Report on sanitation, dispensaries, and jails in Rajputana for 1910, and on vaccination for the year 1910-1911 - 1910-1911
Year: 1910
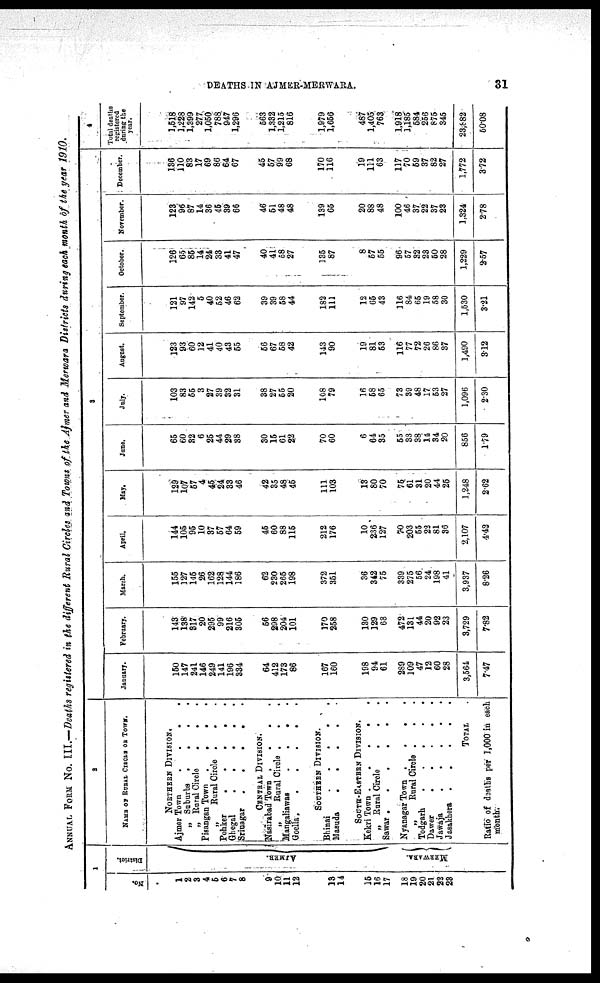
DEATHS IN AJMER-MERWARA.
31
ANNUAL FORM No. III.—Deaths registered in the different Rural Circles and Towns of the Ajmer and Merwara Districts during each month of the year 1910.
1
No.
1
2
3
4
6
6
7
8
9
10
11
12
13
14
15
16
17
18
19
20
21
22
23
District.
AJMER.
MERWARA.
2
NAME OF RURAL CIRCUS OR TOWN.
NORTHERN DIVISION,
Ajmer Town
.
. . .
„ Suburbs .
.
.
.
„ Rural Circle
.
.
.
Pisangan Town
.
.
.
„
Rural Circle .
.
Pohker
.
.
.
.
.
Ghegal
Srinagar
CENTRAL DIVISION.
Nasirabad Town
.
.
„
Rural Circle .
Mangaliawas
.
.
Goella,
.....
SOUTHERN DIVISION.
Bhinai
Masuda
SOUTH-EASTERN DIVISION.
Kekri Town
.....
„ Rural Circle
.
.
.
Sawar
NyanagarTown
....
„
Rural Circle .
.
Todgarh
Dawer
Jawaja
.....
Jasakhera
.....
TOTAL .
Ratio of deaths per 1,000 in each
month.
3
January.
150
147
241
146
249
141
196
334
64
412
173
86
167
160
198
94
61
289
109
47
12
60
28
3,564
7.47
February.
143
138
317
20
295
99
216
305
56
298
204
101
170
258
130
129
68
472
131
44
20
92
23
3,729
7.82
March.
155
127
145
26
162
128
144
186
62
230
265
198
372
351
36
342
75
339
275
56
24
198
41
3,937
8.26
April.
144
105
95
10
37
57
64
59
45
60
88
116
212
176
10
236
127
70
203
55
22
81
36
2,107
4.42
May.
129
107
57
4
45
24
33
46
42
35
48
45
111
103
13
80
70
75
61
31
20
44
25
1,248
2.62
June.
65
60
32
6
25
44
29
38
30
15
61
22
70
60
6
64
35
55
33
38
14
34
20
856
1.79
July.
103
83
55
3
27
39
32
31
38
27
55
20
108
79
16
58
65
73
39
48
17
53
27
1,096
2.30
August.
123
93
60
12
41
40
43
55
56
67
58
42
143
90
19
81
63
116
77
72
26
86
37
1,490
3.12
September.
121
97
142
5
40
52
46
62
39
39
58
44
182
111
12
65
43
116
84
65
19
58
30
1,530
3.21
October.
126
65
85
14
24
33
41
47
40
41
58
27
135
87
8
57
55
96
57
32
23
50
28
1,229
2.57
November.
123
96
87
14
36
45
39
66
46
51
48
48
139
65
20
88
48
100
46
37
22
37
23
1,324
2.78
December.
136
110
83
17
69
86
64
67
45
57
99
68
170
116
19
111
63
117
70
59
37
82
27
1,772
3.72
4
Total deaths
registered
during the
year.
1,518
1,228
1,399
277
1,050
788
947
1,296
563
1,332
1,215
816
1,979
1,656
487
1,405
763
1,918
1,185
584
256
875
345
23,882
50.08